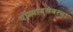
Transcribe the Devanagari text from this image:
यांच्याबरोबरचा